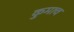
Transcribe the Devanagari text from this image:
कुमाच